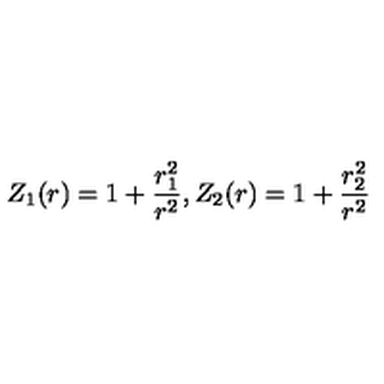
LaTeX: Z _ { 1 } ( r ) = 1 + \frac { r _ { 1 } ^ { 2 } } { r ^ { 2 } } , Z _ { 2 } ( r ) = 1 + \frac { r _ { 2 } ^ { 2 } } { r ^ { 2 } }